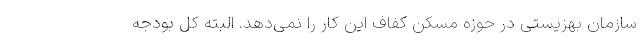
سازمان بهزیستی در حوزه مسکن کفاف این کار را نمی‌دهد. البته کل بودجه